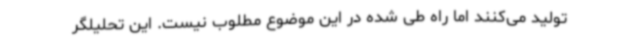
تولید می‌کنند اما راه طی‌ شده در این موضوع مطلوب نیست. این تحلیلگر